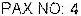
PAX NO:4